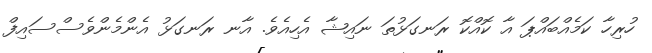
ހުރިހާ ކަމެއްބައްޕަ އާ ކޮއްކޮ ރަނގަޅުތަ ނައިޝާ އެހިއެވެ. އާނ ރަނގަޅު އެންމެންވެސްސައިފް